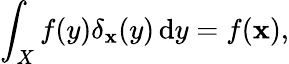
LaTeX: \int_{X}f(y)\delta_{\mathbf{x}}(y)\, \mathrm{{d}}y=f(\mathbf{x}),